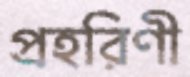
প্রহরিণী